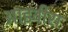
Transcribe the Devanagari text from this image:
आइवीस